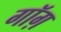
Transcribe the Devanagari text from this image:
गॉग़